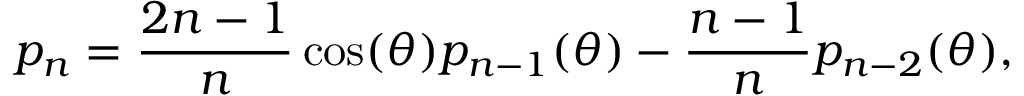
p _ { n } = \frac { 2 n - 1 } { n } \cos ( \theta ) p _ { n - 1 } ( \theta ) - \frac { n - 1 } { n } p _ { n - 2 } ( \theta ) ,